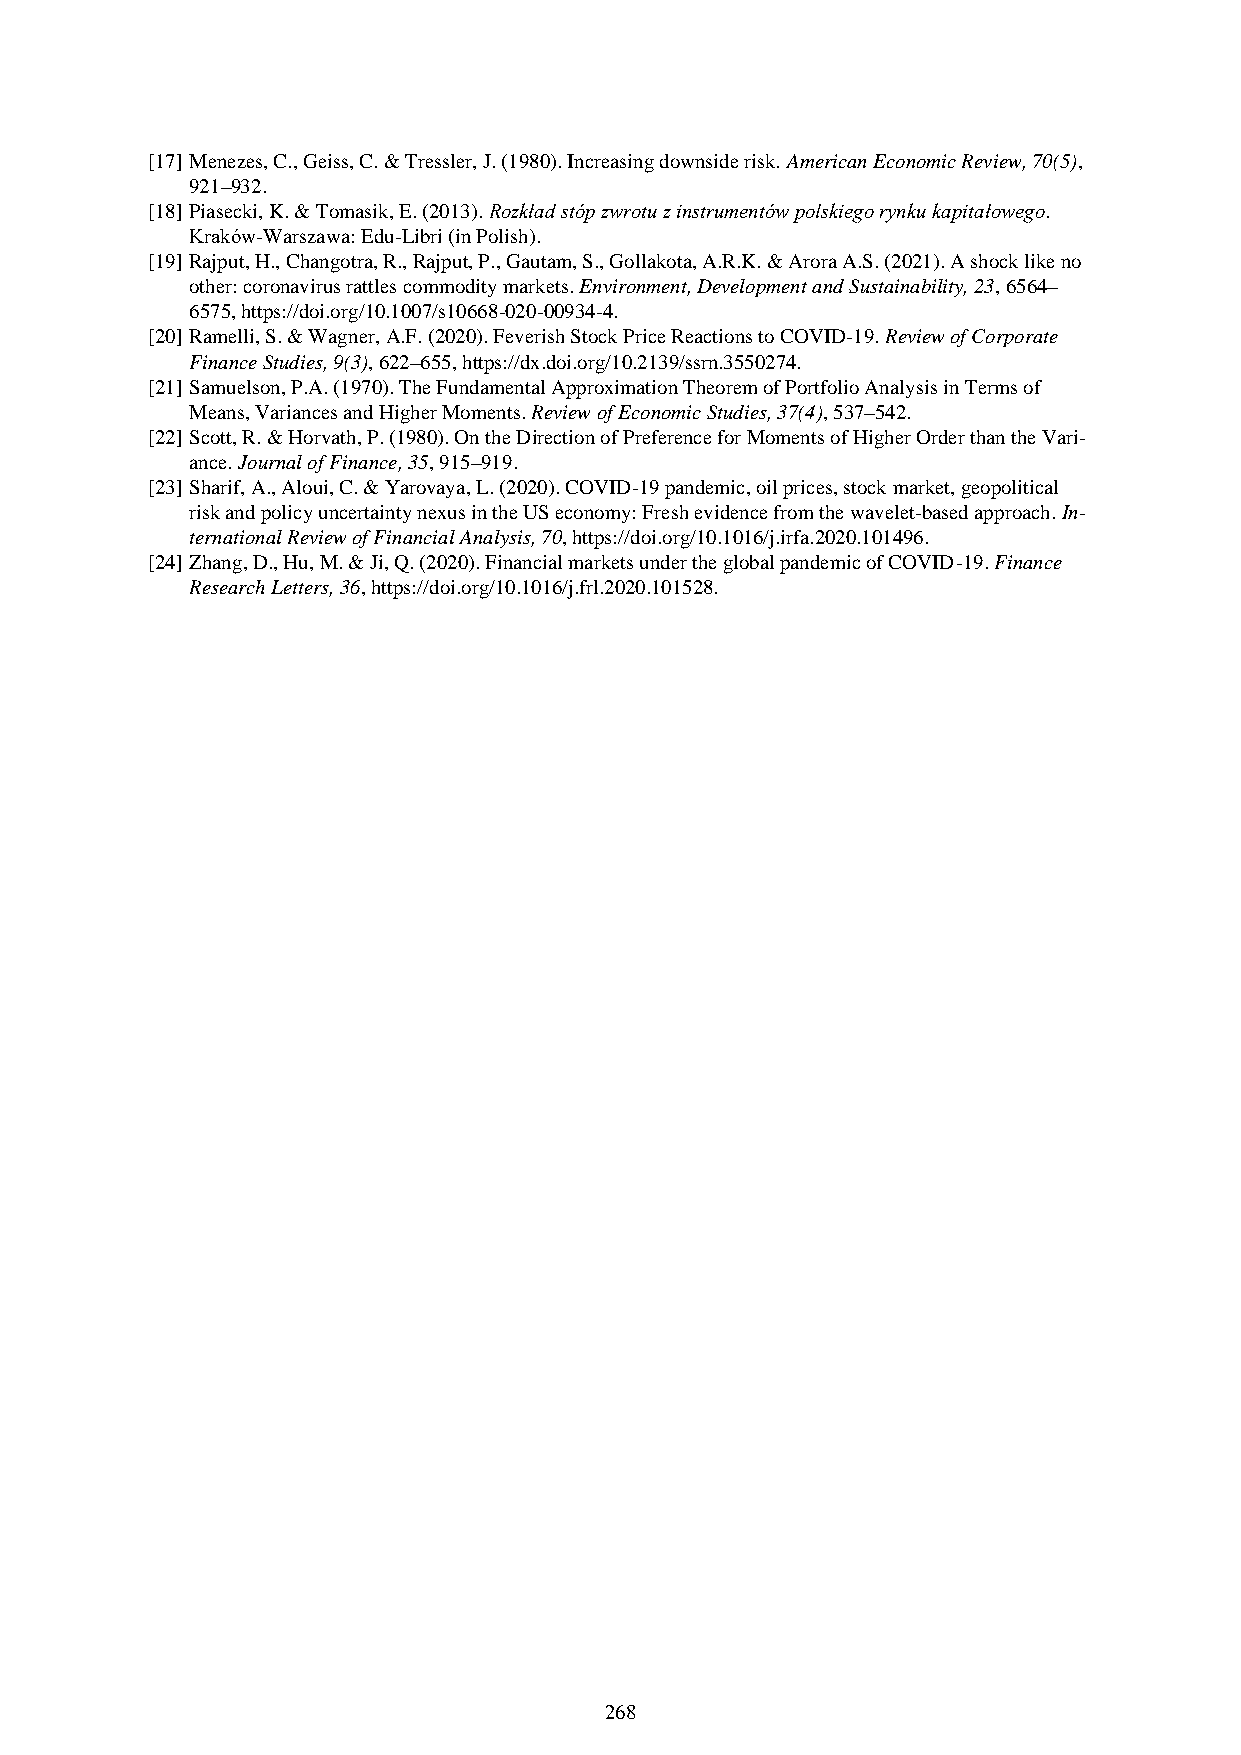
[17] Menezes, C., Geiss, C. & Tressler, J. (1980). Increasing downside risk. American Economic Review, 70(5),
 921–932.
 [18] Piasecki, K. & Tomasik, E. (2013). Rozkład stóp zwrotu z instrumentów polskiego rynku kapitałowego.
 Kraków-Warszawa: Edu-Libri (in Polish).
 [19] Rajput, H., Changotra, R., Rajput, P., Gautam, S., Gollakota, A.R.K. & Arora A.S. (2021). A shock like no
 other: coronavirus rattles commodity markets. Environment, Development and Sustainability, 23, 6564–
 6575, https://doi.org/10.1007/s10668-020-00934-4.
 [20] Ramelli, S. & Wagner, A.F. (2020). Feverish Stock Price Reactions to COVID-19. Review of Corporate
 Finance Studies, 9(3), 622–655, https://dx.doi.org/10.2139/ssrn.3550274.
 [21] Samuelson, P.A. (1970). The Fundamental Approximation Theorem of Portfolio Analysis in Terms of
 Means, Variances and Higher Moments. Review of Economic Studies, 37(4), 537–542.
 [22] Scott, R. & Horvath, P. (1980). On the Direction of Preference for Moments of Higher Order than the Vari-
 ance. Journal of Finance, 35, 915–919.
 [23] Sharif, A., Aloui, C. & Yarovaya, L. (2020). COVID-19 pandemic, oil prices, stock market, geopolitical
 risk and policy uncertainty nexus in the US economy: Fresh evidence from the wavelet-based approach. In-
 ternational Review of Financial Analysis, 70, https://doi.org/10.1016/j.irfa.2020.101496.
 [24] Zhang, D., Hu, M. & Ji, Q. (2020). Financial markets under the global pandemic of COVID-19. Finance
 Research Letters, 36, https://doi.org/10.1016/j.frl.2020.101528.
 268